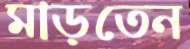
মাড়তেন